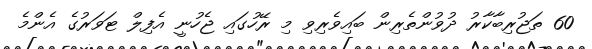
60 ތަޖުރިބާކާރު ދުވުންތެރިން ބައިވެރިވި މި ރޭހުގައި ޖެހުނީ އެފިލް ޓަވަރުގެ އެންމެ